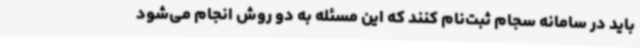
باید در سامانه سجام ثبت‌نام کنند که این مسئله به دو روش انجام می‌شود